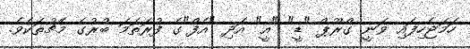
ހަމަޖެހިފައި ވަނީ ގްރޫޕް "ޑީ" "އީ" އަދި "އެފް"ގެ ފުރަތަމަ ބުރުގެ މެޗުތަކެވެ.